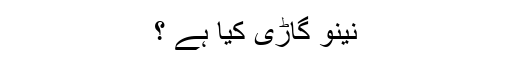
نینو گاڑی کیا ہے ؟